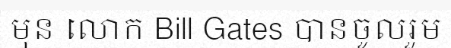
មុន លោក Bill Gates បានចូលរួម